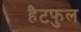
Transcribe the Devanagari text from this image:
हैटफुल